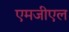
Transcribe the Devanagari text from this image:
एमजीएल